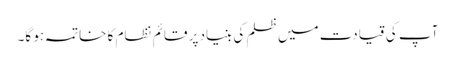
آپ کی قیادت میں ظلم کی بنیاد پر قائم نظام کا خاتمہ ہو گا۔